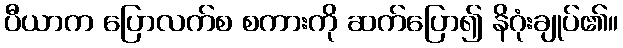
ပီယာက ပြောလက်စ စကားကို ဆက်ပြော၍ နိဂုံးချုပ်၏။